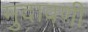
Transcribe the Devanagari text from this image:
मुदावणी